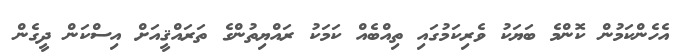
އެހެންކަމުން ކޮންމެ ބަޔަކު ވެރިކަމުގައި ތިއްބެއް ކަމަކު ރައްޔިތުންގެ ތަރައްޤީއަށް އިސްކަން ދީގެން